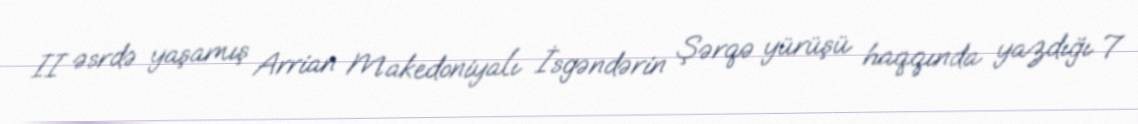
II əsrdə yaşamış Arrian Makedoniyalı İsgəndərin Şərqə yürüşü haqqında yazdığı 7